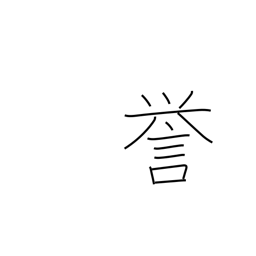
Meaning: reputation